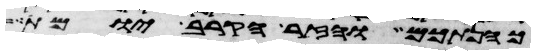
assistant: כהנתכם והזר הקרב יומת